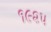
૧૯૨૫